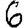
Digit: 6